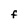
Character: F